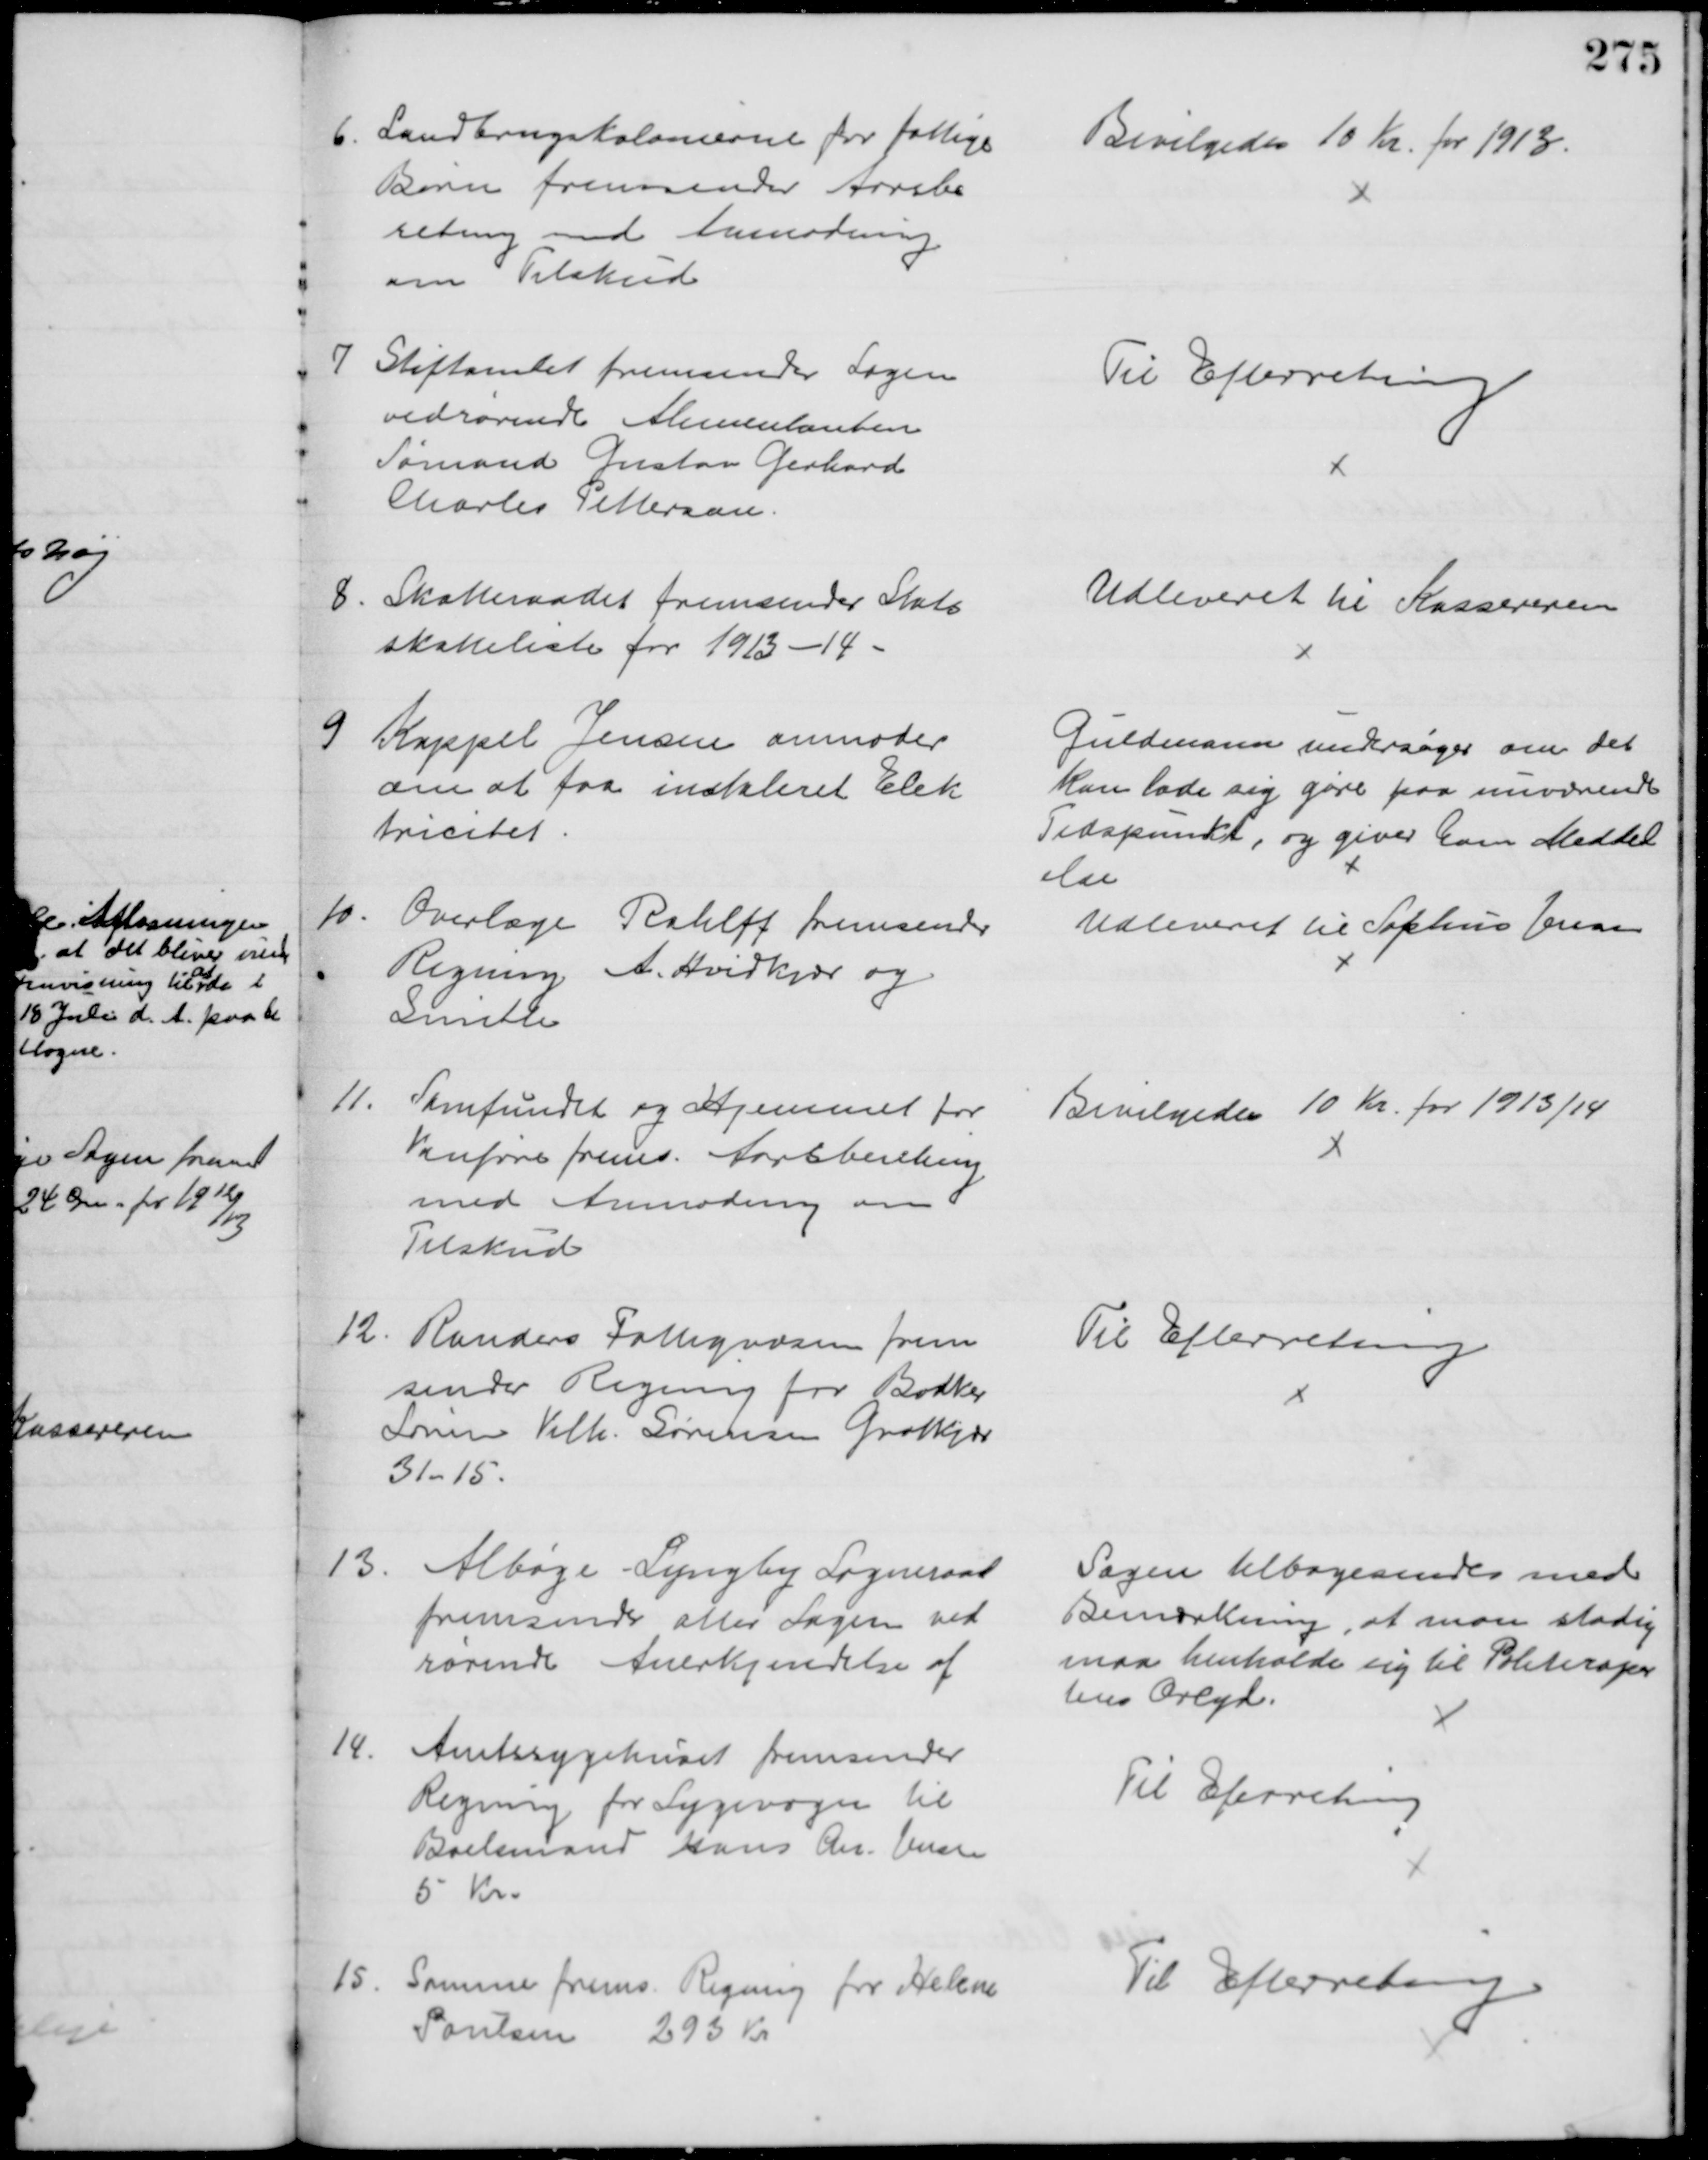
Transskription:
6. Landbrugskolonierne for fattige
Børn fremsender Aarsbe
retning ved Anmodning
om Tilskud
Bevilgedes 10 Kr. for 1913.
7 Stiftamtet fremsender Sagen
vedrørende Alimentanten
Sømand Gustav Gerhard
Charles Pettersen
Til Efterretning
8. Skatteraadet fremsender Stats
skatteliste for 1913-14
Udleveret til Kassereren
9
Kappel Jensen anmoder
om at faa instaleret Elek
tricitet
Guldmann undersøger om det
kan lade sig gøre paa nuværende
Tidspunkt, og giver ham Meddel
else
10. Overlæge Rahlff fremsender
Regning A. Hvidkjær og
Smith
Udleveret til Sophus Jensen
11.
Samfundet og Hjemmet for
Vanføre frems. Aarsberetning
med Anmodning om
Tilskud
Bevilgedes 10 Kr. for 1913/14
12
Randers Fattigvæsen frem
sender Regning for Bødker
Søren Vilh. Sørensen Grotkjør
31-15.
Til Efterretning
13
Albøge - Lyngby Sogneraad
fremsender atter Sagen ved
rørende Anerkjendelse af
Sagen tilbagesendes med
Bemærkning, at man stadig
maa henholde sig til Politirapor
tens Orlyd.
14.
Amtssygehuset fremsender
Regning for Sygevogn til
Boelsmand Hans Chr. Jensen
5 Kr.
Til Efterretning
15
Samme frems. Regning for Helene 
Poulsen 293 Kr
Til Efterretning